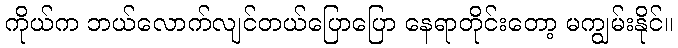
ကိုယ်က ဘယ်လောက်လျင်တယ်ပြောပြော နေရာတိုင်းတော့ မကျွမ်းနိုင်။